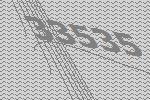
33535